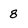
Character: 8